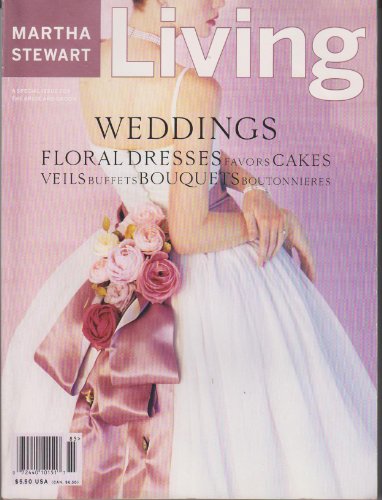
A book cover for Martha Stewart Magazine Weddings Winter/Spring 1998 - Floral Dresses; Martha Stewart; Crafts, Hobbies & Home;